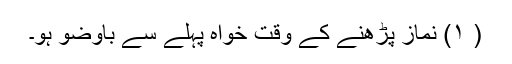
( ۱) نماز پڑھنے کے وقت خواہ پہلے سے باوضو ہو۔